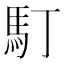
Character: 𩡯